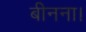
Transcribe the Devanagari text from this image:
बीनना।